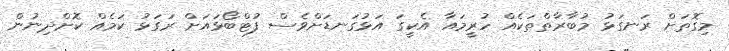
މިގޮތަށް ރަނގަޅު މުބާރާތްތަކެއް ހުރީމައާ އެކީގަ އަޅުގަނޑަށްވެސް ފުޓްބޯޅައަށް ރަގަޅު ކަމެއް ކޮށްދިނުން